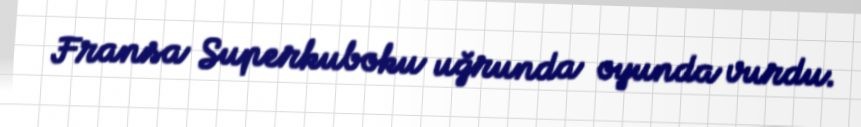
Fransa Superkuboku uğrunda oyunda vurdu.